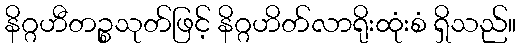
နိဂ္ဂဟီတဉ္စသုတ်ဖြင့် နိဂ္ဂဟိတ်လာရိုးထုံးစံ ရှိသည်။